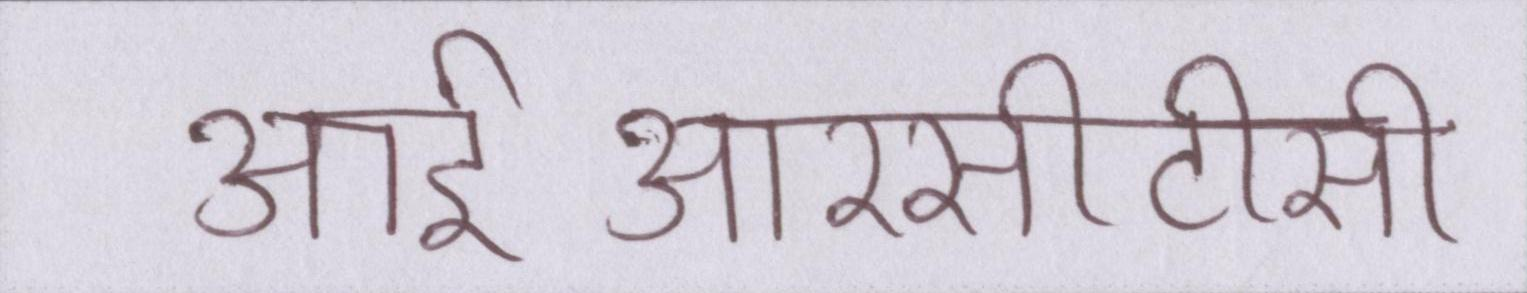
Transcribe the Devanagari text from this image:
आईआरसीटीसी